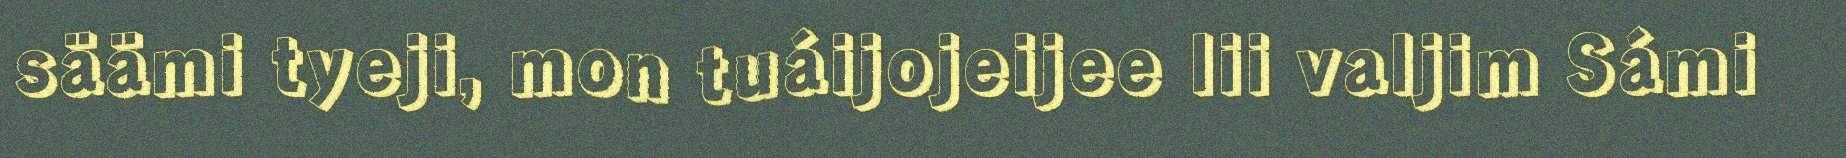
säämi tyeji, mon tuáijojeijee lii valjim Sámi